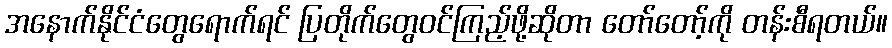
အနောက်နိုင်ငံတွေရောက်ရင် ပြတိုက်တွေဝင်ကြည့်ဖို့ဆိုတာ တော်တော့်ကို တန်းစီရတယ်။